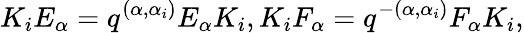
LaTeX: K_{i}E_{\alpha}=q^{(\alpha,\alpha_{i})}E_{\alpha}K_{i},K_{i}F_{\alpha}=q^{-(\alpha,\alpha_{i})}F_{\alpha}K_{i},